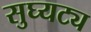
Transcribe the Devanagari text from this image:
सुघ्यट्य